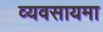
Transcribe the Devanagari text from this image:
व्यवसायमा